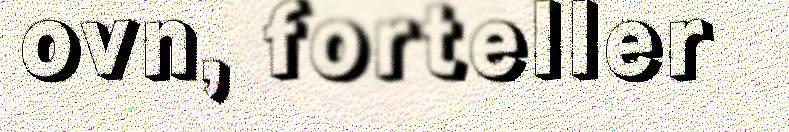
ovn, forteller